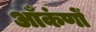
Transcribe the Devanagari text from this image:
आँकंणों